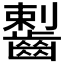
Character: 𪘼